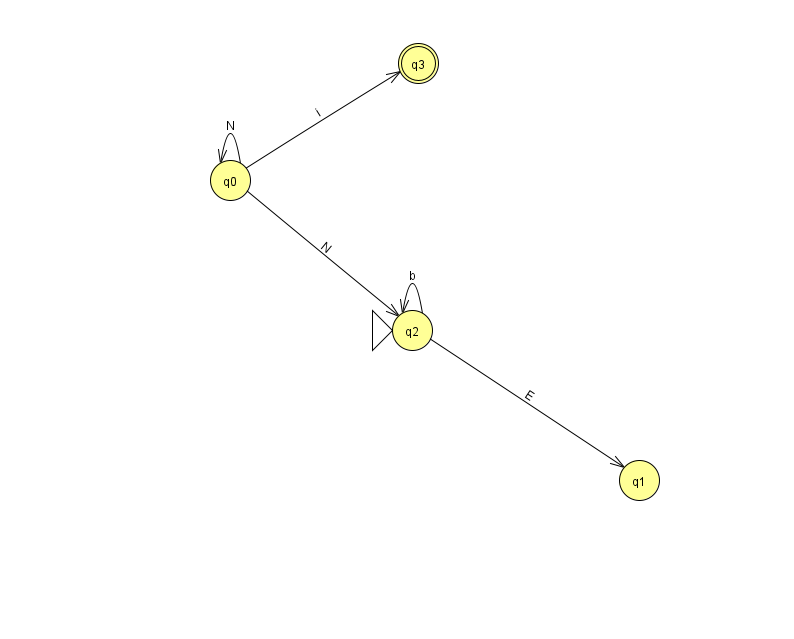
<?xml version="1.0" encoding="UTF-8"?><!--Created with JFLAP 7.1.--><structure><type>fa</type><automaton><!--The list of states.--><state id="0" name="q0"><x>230.0</x><y>167.0</y></state><state id="1" name="q1"><x>639.0</x><y>467.0</y></state><state id="2" name="q2"><x>412.0</x><y>317.0</y><initial/></state><state id="3" name="q3"><x>418.0</x><y>50.0</y><final/></state><!--The list of transitions.--><transition><from>2</from><to>2</to><read>b</read></transition><transition><from>0</from><to>2</to><read>N</read></transition><transition><from>2</from><to>1</to><read>E</read></transition><transition><from>0</from><to>0</to><read>N</read></transition><transition><from>0</from><to>3</to><read>i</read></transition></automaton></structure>